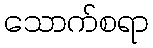
သောက်စရာ